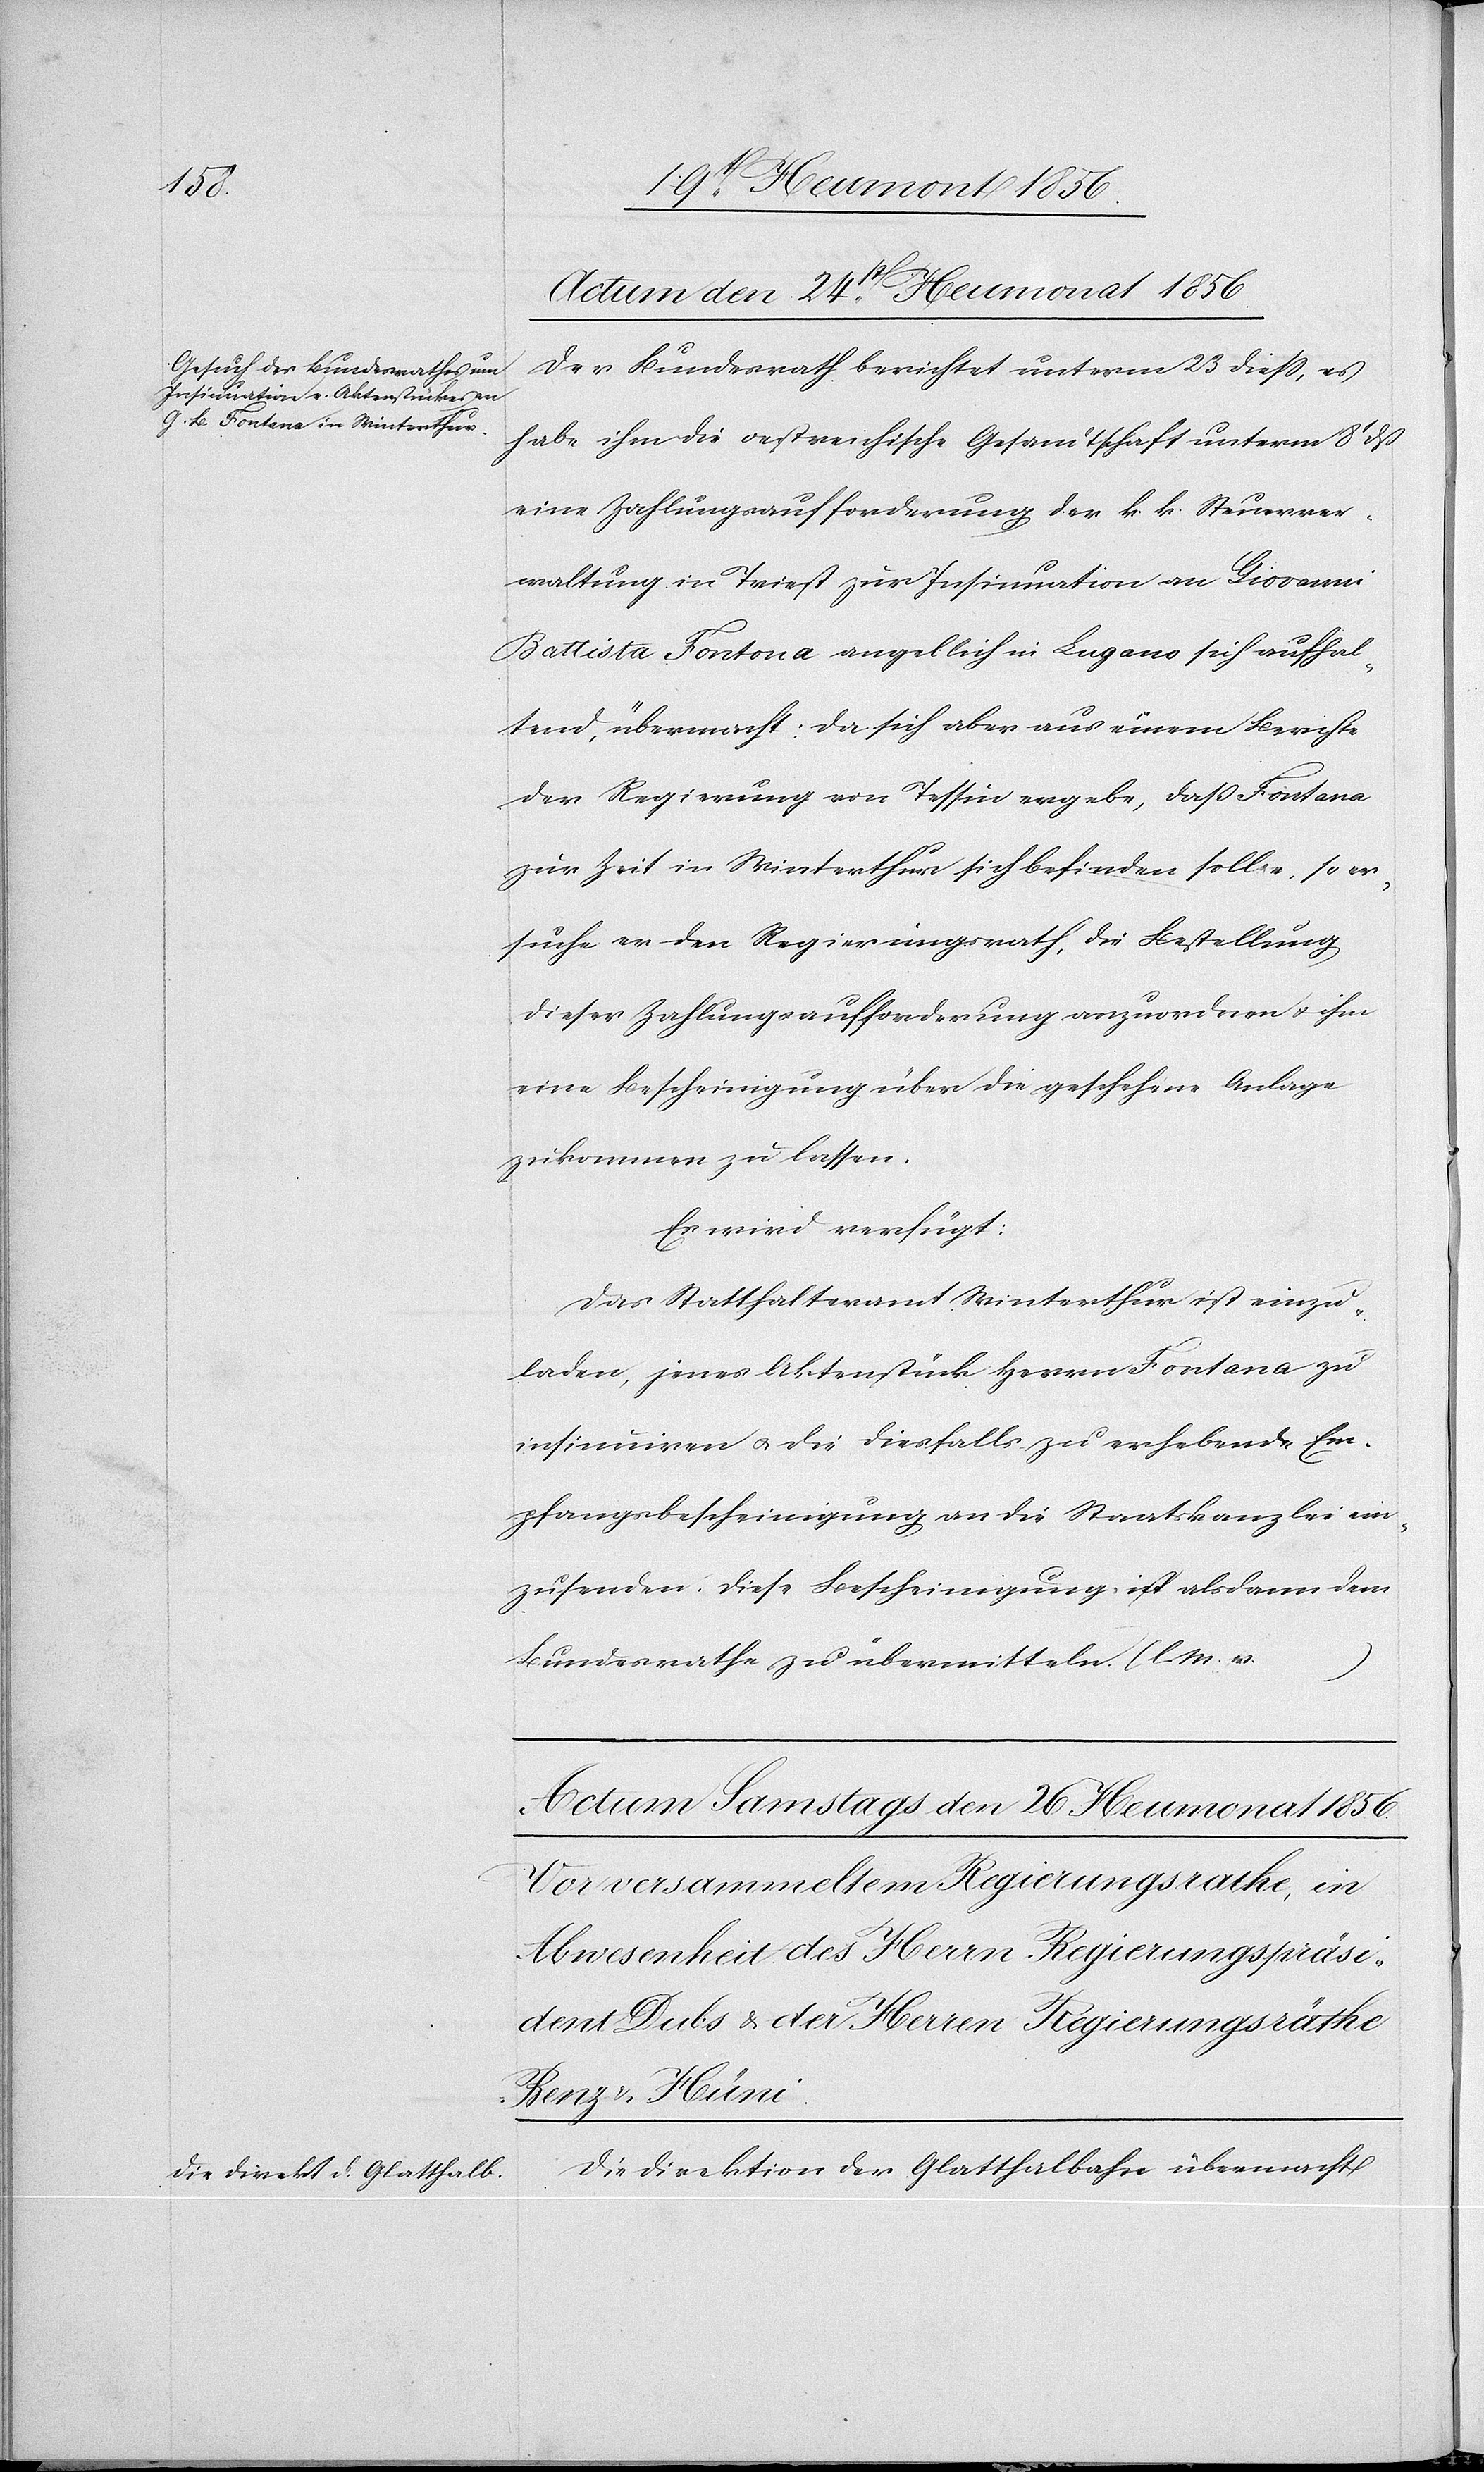
Actum den 24t Heumonat 1856.
Der Bundesrath berichtet unterm 23 diess, es
habe ihm die oestreichische Gesandtschaft unterm 8t dß
eine Zahlungsaufforderung der k k. Steuerver¬
waltung in Triest zur Insinuation an Giovanni
Battista Fontona [sic!] angeblich in Lugano sich aufhal¬
tend, übermacht: da sich aber aus einem Berichte
der Regierung von Tessin ergebe, dass Fontana
zur Zeit in Winterthur sich befinden solle, so er¬
suche er den Regierungsrath, die Bestellung
dieser Zahlungsaufforderung anzuordnen u. ihm
eine Bescheinigung über die geschehene Anlage
zukommen zu lassen.
Es wird verfügt:
Das Statthalteramt Winterthur ist einzu¬
laden, jenes Aktenstück Herrn Fontana zu
insinuiren u. die diesfalls zu erhebende Em¬
pfangsbescheinigung an die Staatskanzlei ein¬
zusenden. Diese Bescheinigung ist alsdann dem
Bundesrathe zu übermitteln. (l. M. v.
…)
Die Direktion der Glatthalbahn übermacht